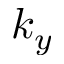
k _ { y }